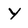
Character: Y